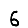
Digit: 6